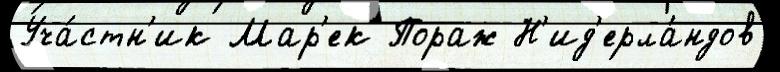
Уча́стн'ик Мар'ек Пораж Н'ид'ерла́ндов